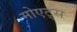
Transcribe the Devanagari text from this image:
मोएट्स